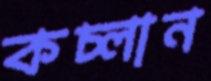
কচ্‌লান